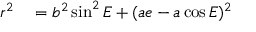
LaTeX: \begin{array} { r l } { r ^ { 2 } } & { { } = b ^ { 2 } \sin ^ { 2 } E + ( a e - a \cos E ) ^ { 2 } } \end{array}